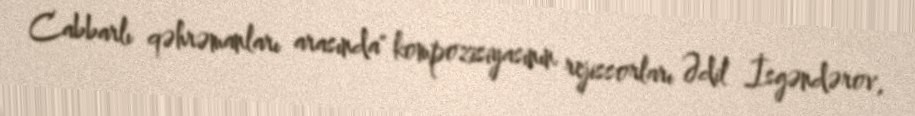
Cabbarlı qəhrəmanları arasında" kompozisiyasının rejissorları Ədil İsgəndərov,